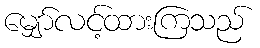
မျှော်လင့်ထားကြသည်